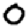
Digit: 0